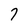
Character: 7